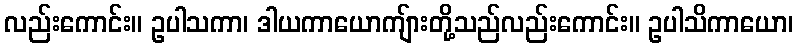
လည်းကောင်း။ ဥပါသကာ၊ ဒါယကာယောကျ်ားတို့သည်လည်းကောင်း။ ဥပါသိကာယော၊